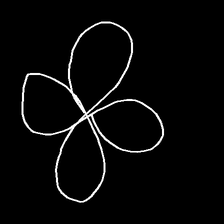
Glyph: billowing